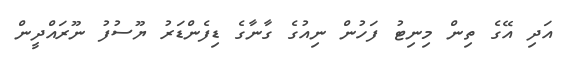
އަދި އޭގެ ތިން މިނިޓު ފަހުން ނިއުގެ ގާނާގެ ޑިފެންޑަރު ޔޫސުފު ނޫރައްދީން